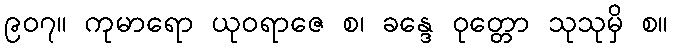
၉၀၇။ ကုမာရော ယုဝရာဇေ စ၊ ခန္ဒေ ဝုတ္တော သုသုမှိ စ။